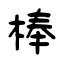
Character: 棒